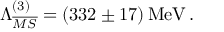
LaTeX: \Lambda _ { \overline { { M S } } } ^ { ( 3 ) } = ( 3 3 2 \pm 1 7 ) \, \mathrm { { { M e V } \, . } }